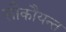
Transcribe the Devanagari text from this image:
सौकौयन्त